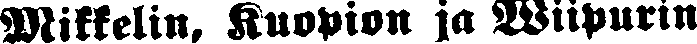
Mikkelin, Kuopion ja Wiipurin